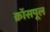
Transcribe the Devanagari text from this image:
क्रॉसपूल